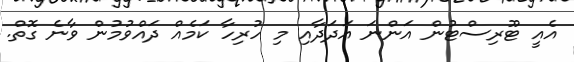
އެއީ ޓޫރިސްޓުން އަންނަ އަދަދާއި މި ހުރިހާ ކަމެއް ދައްވުމުން ވާނެ ގޮތް.